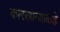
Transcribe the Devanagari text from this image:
कारखान्याकडे